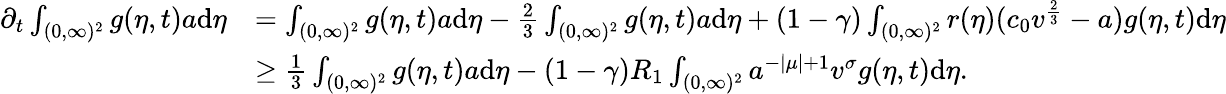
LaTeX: \begin{array}{rl}{\partial_{t}\int_{(0,\infty)^{2}}g(\eta,t)a\textup{d}\eta}&{=\int_{(0,\infty)^{2}}g(\eta,t)a\textup{d}\eta-\frac{2}{3}\int_{(0,\infty)^{2}}g(\eta,t)a\textup{d}\eta+(1-\gamma)\int_{(0,\infty)^{2}}r(\eta)(c_{0}v^{\frac{2}{3}}-a)g(\eta,t)\textup{d}\eta}\\ &{\geq\frac{1}{3}\int_{(0,\infty)^{2}}g(\eta,t)a\textup{d}\eta-(1-\gamma)R_{1}\int_{(0,\infty)^{2}}a^{-|\mu|+1}v^{\sigma}g(\eta,t)\textup{d}\eta.}\end{array}